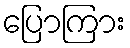
ပြောကြား